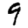
Digit: 9